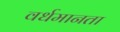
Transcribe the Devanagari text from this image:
वर्धमानता